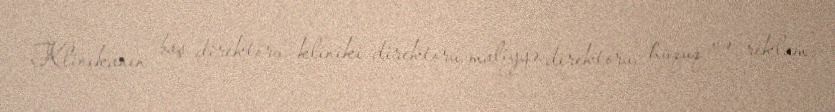
Klinikanın baş direktoru, kliniki direktoru, maliyyə direktoru, hüquq və reklam